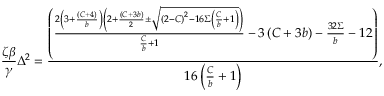
\frac { \zeta \beta } { \gamma } \Delta ^ { 2 } = \frac { \left( \frac { 2 \left( 3 + \frac { \left( C + 4 \right) } { b } \right) \left( 2 + \frac { \left( C + 3 b \right) } { 2 } \pm \sqrt { \left( 2 - C \right) ^ { 2 } - 1 6 \Sigma \left( \frac { C } { b } + 1 \right) } \right) } { \frac { C } { b } + 1 } - 3 \left( C + 3 b \right) - \frac { 3 2 \Sigma } { b } - 1 2 \right) } { 1 6 \left( \frac { C } { b } + 1 \right) } ,